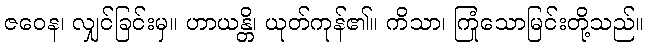
ဇဝေန၊ လျှင်ခြင်းမှ။ ဟာယန္တိ၊ ယုတ်ကုန်၏။ ကိသာ၊ ကြုံသောမြင်းတို့သည်။